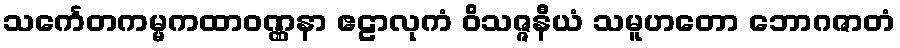
သင်္ကေတကမ္မကထာဝဏ္ဏနာ ဧဠာလုကံ ဝိသဇ္ဇနီယံ သမူဟတော ဘောဂဇာတံ